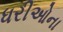
ધરીઓના